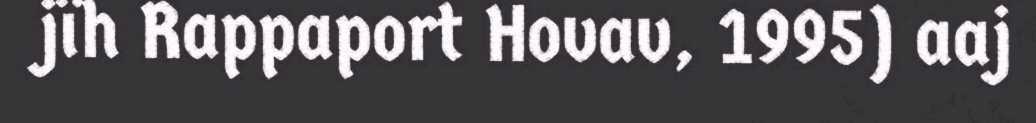
jïh Rappaport Hovav, 1995) aaj